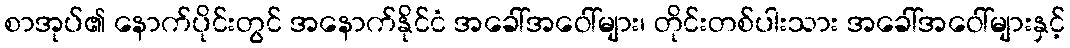
စာအုပ်၏ နောက်ပိုင်းတွင် အနောက်နိုင်ငံ အခေါ်အဝေါ်များ၊ တိုင်းတစ်ပါးသား အခေါ်အဝေါ်များနှင့်